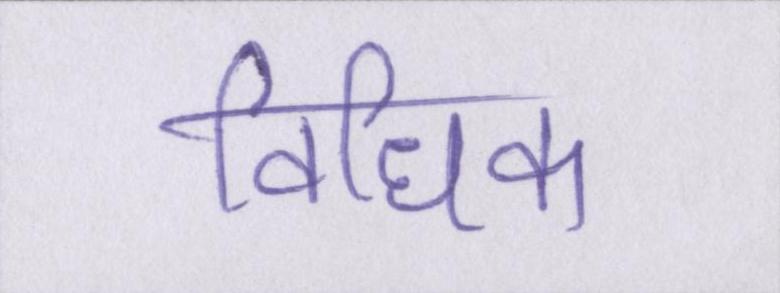
विधिक